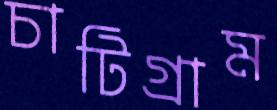
চাটিগ্রাম